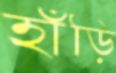
হাঁড়ি